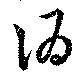
酒